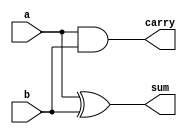
module halfadder(
	input a,
	input b,
	output wire sum,
	output wire carry);

xor G1 (sum,a,b);
and G2 (carry,a,b);

endmodule